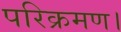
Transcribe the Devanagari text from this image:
परिक्रमण।